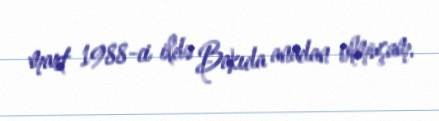
mart 1988-ci ildə Bakıda anadan olmuşam.